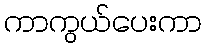
ကာကွယ်ပေးကာ